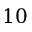
1 0